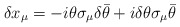
\begin{align*}\delta x_\mu =-i\theta\sigma_\mu \delta\bar\theta+i\delta\theta\sigma_\mu \bar\theta\end{align*}